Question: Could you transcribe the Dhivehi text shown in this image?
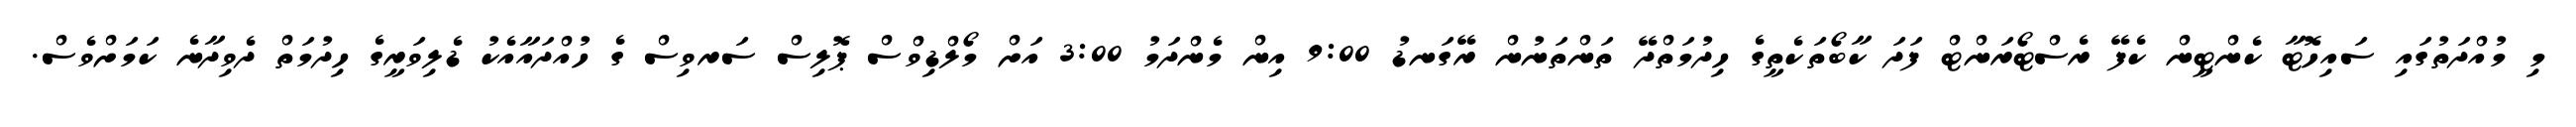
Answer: މި މުއްދަތުގައި ސައިހޮޓާ ކެންޓީން ކެފޭ ރެސްޓޯރަންޓް ފަދަ ކާބޯތަކެތީގެ ހިދުމަތްދޭ ތަންތަނުން ރޭގަނޑު 9:00 އިން މެންދަމު 3:00 އަށް މޯލްޑިވްސް ޕޮލިސް ސަރވިސް ގެ ހުއްދައާއެކު ޑެލިވަރީގެ ހިދުމަތް ދެވިދާނެ ކަމަށްވެސް.